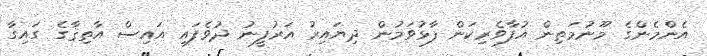
އެންމެންގެ މޫނުމަތިން އުފާވެރިކަން ފާޅުވަމުން ދިޔައިރު އަރުފީނު ދުވެފައި އައިސް އާތިޤާގެ ގައިގާ